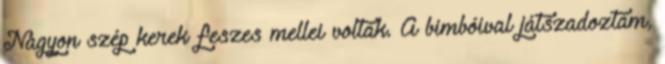
Nagyon szép kerek feszes mellei voltak. A bimbóival játszadoztam,